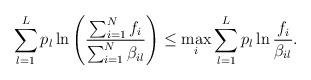
LaTeX: \begin{align*}\sum_{l=1}^L p_l \ln \left(\frac{\sum_{i=1}^N f_i}{\sum_{i=1}^N \beta_{il}}\right) \leq \max_i \sum_{l=1}^L p_l \ln \frac{f_i}{\beta_{il}}.\end{align*}